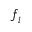
\boldsymbol { \mathscr { f } } _ { i }